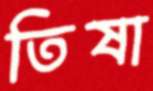
তিষা